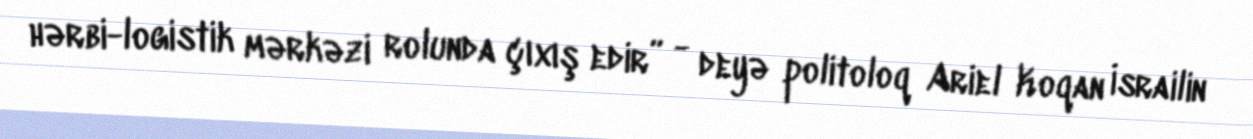
hərbi-logistik mərkəzi rolunda çıxış edir” - deyə politoloq Ariel Koqan İsrailin